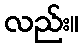
လည်း။